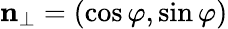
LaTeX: {\mathbf n}_{\perp}=(\cos\varphi,\sin\varphi)